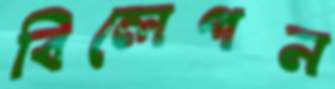
বিলেপন